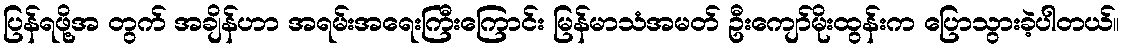
ပြန်ရဖို့အ တွက် အချိန်ဟာ အရမ်းအရေးကြီးကြောင်း မြန်မာသံအမတ် ဦးကျော်မိုးထွန်းက ပြောသွားခဲ့ပါတယ်။